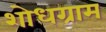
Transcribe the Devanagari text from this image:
शोधग्राम